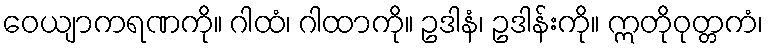
ဝေယျာကရဏကို။ ဂါထံ၊ ဂါထာကို။ ဥဒါနံ၊ ဥဒါန်းကို။ ဣတိုဝုတ္တကံ၊